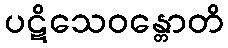
ပဋိသေဝန္တောတိ